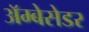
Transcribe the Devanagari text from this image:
अॅम्बेसेडर